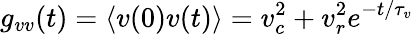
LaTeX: g_{vv}(t)=\langle v(0)v(t)\rangle=v_{c}^{2}+v_{r}^{2}e^{-t/\tau_{v}}